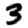
Digit: 3